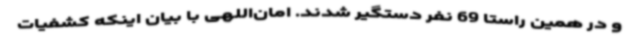
و در همین راستا 69 نفر دستگیر شدند. امان‌اللهی با بیان اینکه کشفیات